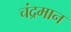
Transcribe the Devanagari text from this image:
चंद्रमान